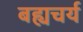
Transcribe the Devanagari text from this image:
बह्यचर्य